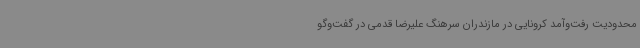
محدودیت‌ رفت‌وآمد کرونایی در مازندران سرهنگ علیرضا قدمی در گفت‌وگو